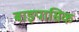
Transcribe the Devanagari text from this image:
बाइपासिक